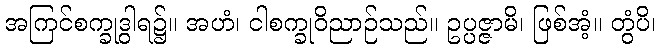
အကြင်စက္ခုဒွါရ၌။ အဟံ၊ ငါစက္ခုဝိညာဉ်သည်။ ဥပ္ပဇ္ဇာမိ၊ ဖြစ်အံ့။ တွံပိ၊